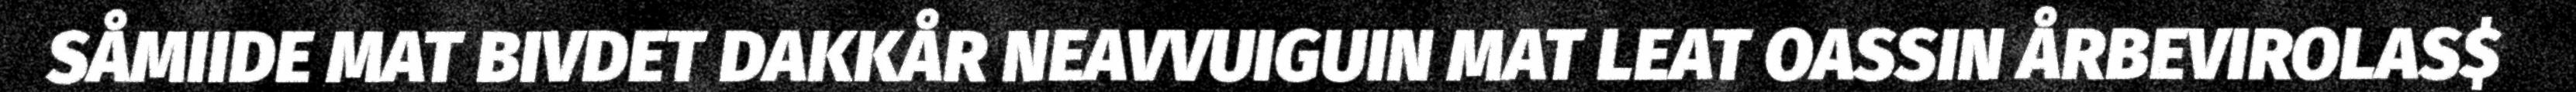
SÅMIIDE MAT BIVDET DAKKÅR NEAVVUIGUIN MAT LEAT OASSIN ÅRBEVIROLAS$